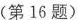
(第16题)